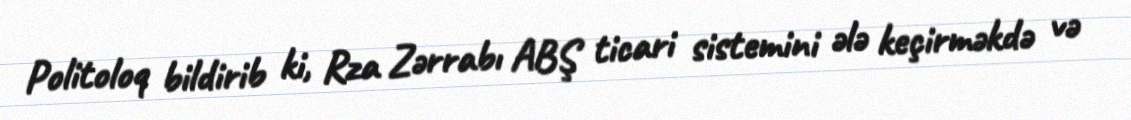
Politoloq bildirib ki, Rza Zərrabı ABŞ ticari sistemini ələ keçirməkdə və